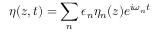
\eta ( z , t ) = \sum _ { n } \epsilon _ { n } \eta _ { n } ( z ) e ^ { i \omega _ { n } t }